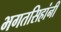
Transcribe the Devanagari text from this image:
भगतसिहांनी